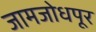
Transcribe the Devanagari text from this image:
जामजोधपूर